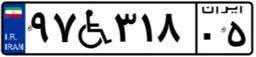
۹۷W۳۱۸۰۵